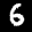
Label: 6